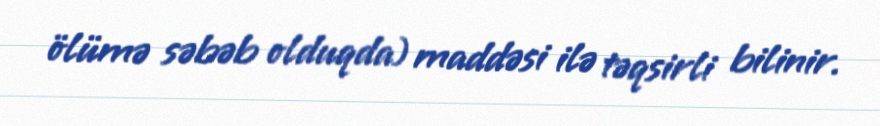
ölümə səbəb olduqda) maddəsi ilə təqsirli bilinir.